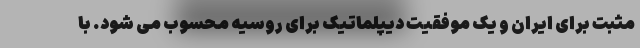
مثبت برای ایران و یک موفقیت دیپلماتیک برای روسیه محسوب می شود. با